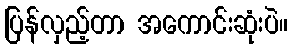
ပြန်လှည့်တာ အကောင်းဆုံးပဲ။